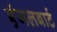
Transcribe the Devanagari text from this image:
एंजलबार्ट